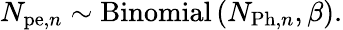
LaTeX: N_{\mathrm{pe},n}\sim\mathrm{Binomial}\left(N_{\mathrm{Ph},n},\beta\right).